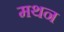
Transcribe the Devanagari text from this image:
मथन